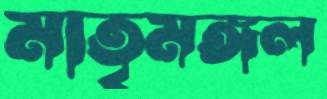
মাতৃমঙ্গল